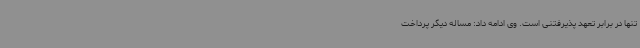
تنها در برابر تعهد پذیرفتنی است. وی ادامه داد: مساله دیگر پرداخت